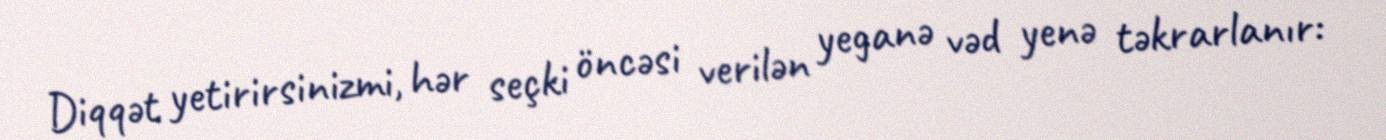
Diqqət yetirirsinizmi, hər seçki öncəsi verilən yeganə vəd yenə təkrarlanır: